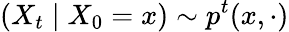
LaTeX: (X_{t}\mid X_{0}=x)\sim p^{t}(x,\cdot)